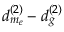
d _ { m _ { e } } ^ { ( 2 ) } - d _ { g } ^ { ( 2 ) }